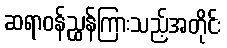
ဆရာဝန်ညွှန်ကြားသည့်အတိုင်း